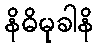
နိဓိမုခါနိ